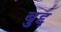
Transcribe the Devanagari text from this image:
बुद्द